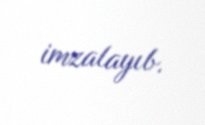
imzalayıb.